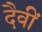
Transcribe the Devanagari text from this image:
दैवीं